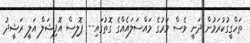
ތަހްގީގުކުރަމުން ދަނީ ވެސް މަރުގެ މައްސަލައެއްގެ ގޮތުގައި-- ޕޮލިސް އޮފިޝަލް އަލީ ރަޝީދު